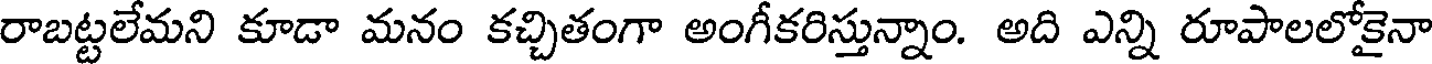
రాబట్టలేమని కూడా మనం కచ్చితంగా అంగీకరిస్తున్నాం. అది ఎన్ని రూపాలలోకైనా